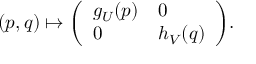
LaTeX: ( p , q ) \mapsto { \left( \begin{array} { l l } { g _ { U } ( p ) } & { 0 } \\ { 0 } & { h _ { V } ( q ) } \end{array} \right) } .